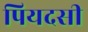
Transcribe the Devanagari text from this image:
पियदसी